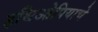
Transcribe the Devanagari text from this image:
इथिओपियाचे